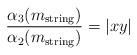
LaTeX: \begin{align*}\frac{\alpha_3(m_{\rm string})}{\alpha_2(m_{\rm string})}=|xy|\end{align*}